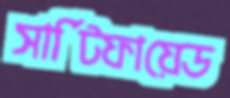
সার্টিফায়েড